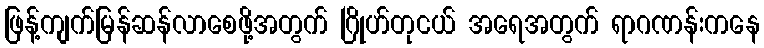
ဖြန့်ကျက်မြန်ဆန်လာစေဖို့အတွက် ဂြိုဟ်တုငယ် အရေအတွက် ရာဂဏန်းကနေ